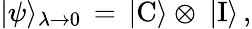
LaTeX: |\psi\rangle_{\lambda\rightarrow 0}\, =\, |\mathrm{C}\rangle\otimes\ |\mathrm{I}\rangle\, ,